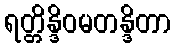
ရတ္တိန္ဒိဝမတန္ဒိတာ